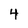
Character: 4